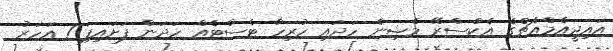
އައިޖީއެމްއެޗްގެ އެކްސްރޭ މެޝިން ހަދައި ހުރިހާ ޓެސްޓެއް ހަދަން ފަށައިފި 1 އަހަރު